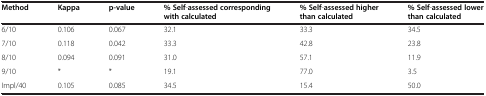
| Method | Kappa | p-value | % Self-assessed corresponding with calculated | % Self-assessed higher than calculated | % Self-assessed lower than calculated |
 | --- | --- | --- | --- | --- | --- |
 | 6/10 | 0.106 | 0.067 | 32.1 | 33.3 | 34.5 |
 | 7/10 | 0.118 | 0.042 | 33.3 | 42.8 | 23.8 |
 | 8/10 | 0.094 | 0.091 | 31.0 | 57.1 | 11.9 |
 | 9/10 | * | * | 19.1 | 77.0 | 3.5 |
 | Impl/40 | 0.105 | 0.085 | 34.5 | 15.4 | 50.0 |